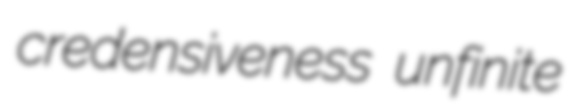
credensiveness unfinite